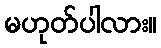
မဟုတ်ပါလား။